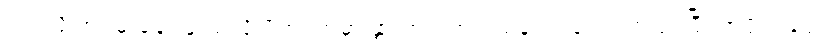
လုပ်လို့ အဖမ်းခံခဲ့ရဖူးသလို ပိတ်ရက်မှာ နွားတင်းကုပ် သန့်ရှင်းရေး ဝင်လုပ်ပြီး အပိုဝင်ငွေ